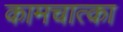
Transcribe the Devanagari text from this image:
कामचात्का